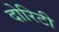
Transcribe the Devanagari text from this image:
दोरिटी